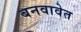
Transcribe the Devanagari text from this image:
बनवावेत